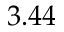
3 . 4 4